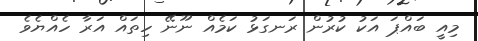
މިއީ ބައްޕަ އަކު ކުރުން ރަނގަޅު ކަމެއް ނޫނޭ ހިތައް އަރާ ހެއްޔެވެ